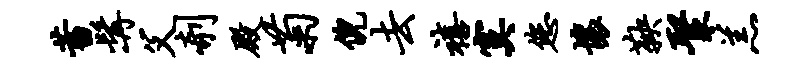
蓄髯父剞殿菊倪去禧寞您壤鞅聚羔